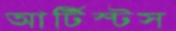
আর্টিস্টস